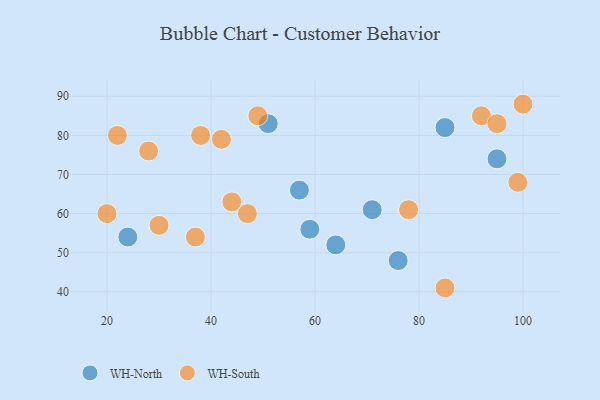
{"axis": {"x": "GDP", "y": "Life Expectancy"}, "legend": ["WH-North", "WH-South"], "data": [{"x": "85", "y": 82, "type": "WH-North"}, {"x": "64", "y": 52, "type": "WH-North"}, {"x": "51", "y": 83, "type": "WH-North"}, {"x": "24", "y": 54, "type": "WH-North"}, {"x": "95", "y": 74, "type": "WH-North"}, {"x": "59", "y": 56, "type": "WH-North"}, {"x": "71", "y": 61, "type": "WH-North"}, {"x": "76", "y": 48, "type": "WH-North"}, {"x": "57", "y": 66, "type": "WH-North"}, {"x": "92", "y": 85, "type": "WH-South"}, {"x": "47", "y": 60, "type": "WH-South"}, {"x": "37", "y": 54, "type": "WH-South"}, {"x": "28", "y": 76, "type": "WH-South"}, {"x": "20", "y": 60, "type": "WH-South"}, {"x": "22", "y": 80, "type": "WH-South"}, {"x": "30", "y": 57, "type": "WH-South"}, {"x": "38", "y": 80, "type": "WH-South"}, {"x": "44", "y": 63, "type": "WH-South"}, {"x": "78", "y": 61, "type": "WH-South"}, {"x": "99", "y": 68, "type": "WH-South"}, {"x": "100", "y": 88, "type": "WH-South"}, {"x": "49", "y": 85, "type": "WH-South"}, {"x": "85", "y": 41, "type": "WH-South"}, {"x": "95", "y": 83, "type": "WH-South"}, {"x": "42", "y": 79, "type": "WH-South"}]}